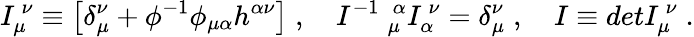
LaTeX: I_{\mu}^{\ \nu}\equiv\left[\delta_{\mu}^{\nu}+\phi^{-1}\phi_{\mu\alpha}h^{\alpha\nu}\right]\; ,\quad I^{-1}\ _{\mu}^{\ \alpha}I_{\alpha}^{\ \nu}=\delta_{\mu}^{\nu}\; ,\quad I\equiv detI_{\mu}^{\ \nu}\; .